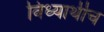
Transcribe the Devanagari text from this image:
विध्यार्थीच